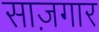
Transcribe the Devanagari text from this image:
साज़गार